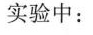
实验中：